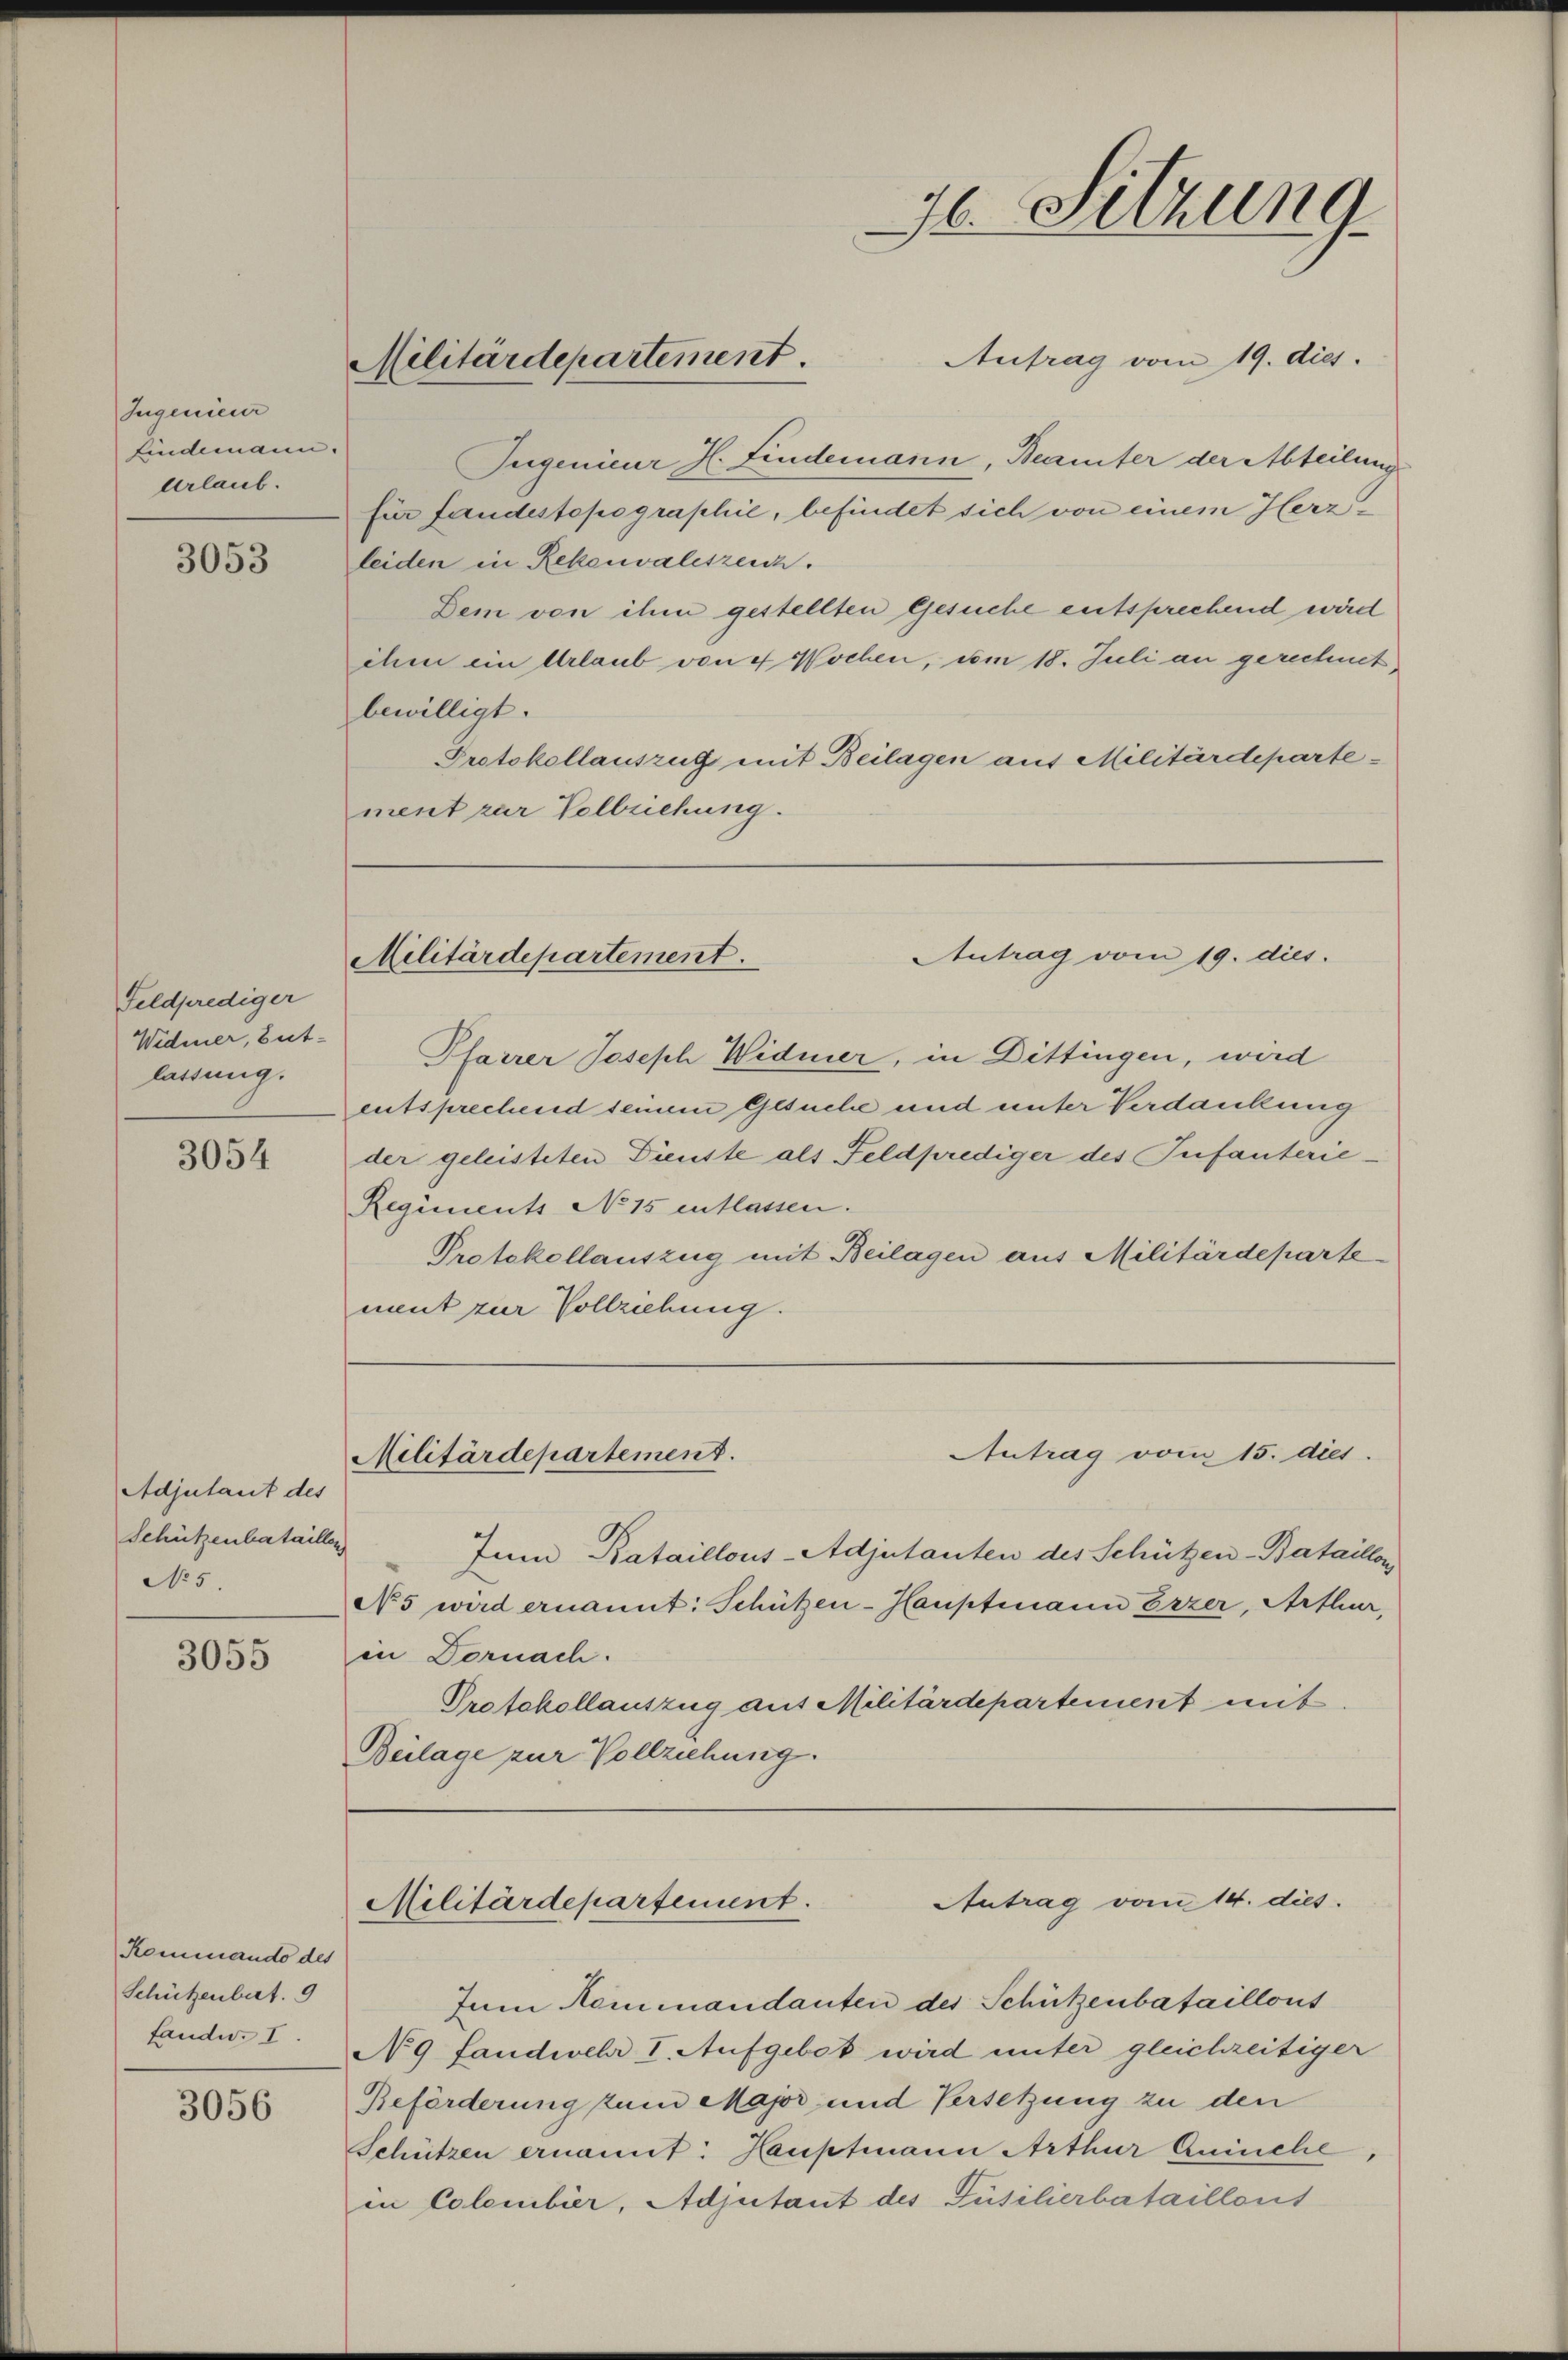
Ingenieur
findemann.
Urlaub.

3053

Feldprediger
Widmer, But
lassung.

3054

Adjutant des
Schützenbataillen
No 5.

3055

Kommando des
Schützenbart. 9
fander I.

3056

Antrag vom 19. dies.
Jugenieur H. Findemann, Beamter der Abteilung
für fandestopographie, befindet sich von einem Herzleiden in Rekenvaleszeich.
Dem von ihm gestellten Gesuche entsprechend wird
ihm ein Urlaub von 4 Wochen, um 18. Juli an gerechnet,
bewilligt.
Protokollauszug mit Beilagen aus Militärdepartement zur Vollziehung.

Militärdepartement.

76. Sitzung

Antrag vom 19. dies
Militärdepartement.

Pfarrer Joseph Widmer, in Dittingen, wird
entsprechend seinem Gesuche und unter Verdankung
der geleisteten Dienste als Feldprediger des Infanterie-
Regiments No 15 entlassen.
Protokollauszug mit Beilagen aus Militärdeparte
ment zur Vollziehung.

Antrag vom 15. dies
Militärdepartement.

Inn Bataillons-Adjutanten des Schützen-Bataillon
No 5 wird ernannt: Schützen-Hauptmann Erzer, Arthur,
in Dornach.
Protokollauszug aus Militärdepartement mit
Beilage zur Vollziehung.

Antrag vom 14. dies
Militärdepartement.

Jum Kommandanten des Schützenbataillons
No 9 fandwehr I. Aufgebot wird unter gleichzeitiger
Beförderung zum Major und Versetzung zu den
Schützen ernannt: Hauptmann Arthur Quinche
in Colombier, Adjutant des Püsilierbataillons